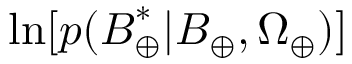
\ln [ p ( \boldsymbol { B } _ { \oplus } ^ { * } | \boldsymbol { B } _ { \oplus } , \Omega _ { \oplus } ) ]